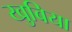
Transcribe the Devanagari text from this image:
खुबिया